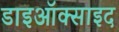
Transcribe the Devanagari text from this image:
डाइऑक्साइद